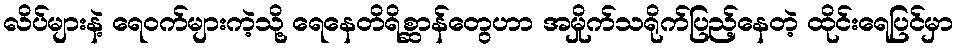
လိပ်များနဲ့ ရေဝက်များကဲ့သို့ ရေနေတိရိစ္ဆာန်တွေဟာ အမှိုက်သရိုက်ပြည့်နေတဲ့ ထိုင်းရေပြင်မှာ